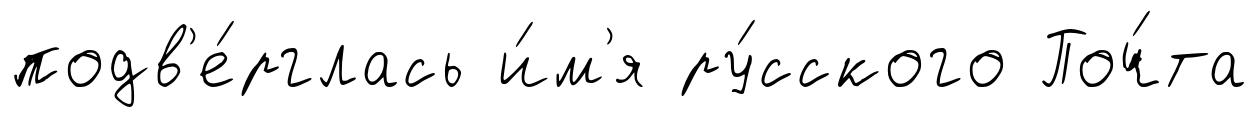
подв'е́рглась и́м'я ру́сского Поч́та